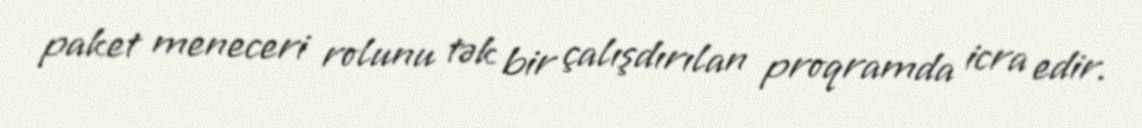
paket meneceri rolunu tək bir çalışdırılan proqramda icra edir.